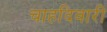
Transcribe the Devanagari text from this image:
चाहदिवारी